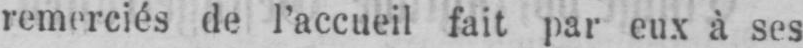
remerciés de l’accueil fait par eux à ses